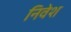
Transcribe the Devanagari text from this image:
निवेश